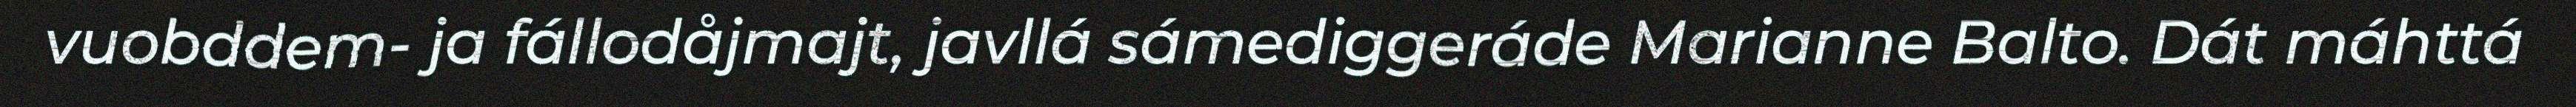
vuobddem- ja fállodåjmajt, javllá sámediggeráde Marianne Balto. Dát máhttá